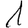
Digit: 1